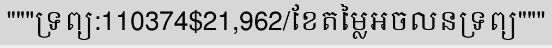
"""ទ្រព្យ:110374$21,962/ខែតម្លៃអចលនទ្រព្យ"""